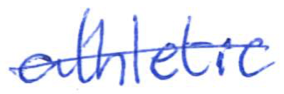
Text: athletic
Cross-out: single-line
Writing tool: ballpoint